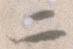
二